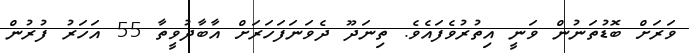
ވަރަށް ބޮޑުތަނުން ވަނީ އިތުރުވެފައެވެ. ތިނަދޫ ދެވަނަފަހަރަށް އާބާދުވީތާ 55 އަހަރު ފުރުން